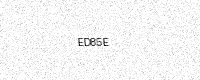
Text: ED85E